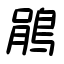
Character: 鵑